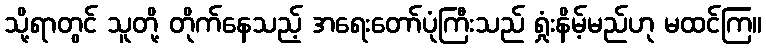
သို့ရာတွင် သူတို့ တိုက်နေသည့် အရေးတော်ပုံကြီးသည် ရှုံးနိမ့်မည်ဟု မထင်ကြ။